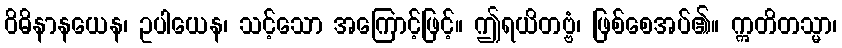
ဝိဓိနာနယေန၊ ဥပါယေန၊ သင့်သော အကြောင့်ဖြင့်။ ဤရယိတဗ္ဗံ၊ ဖြစ်စေအပ်၏။ ဣတိတသ္မာ၊